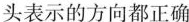
头表示的方向都正确